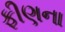
ફીણના